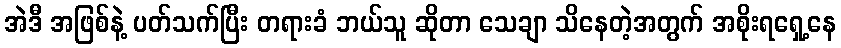
အဲဒီ အဖြစ်နဲ့ ပတ်သက်ပြီး တရားခံ ဘယ်သူ ဆိုတာ သေချာ သိနေတဲ့အတွက် အစိုးရရှေ့နေ